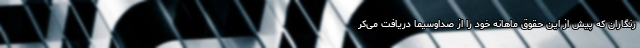
رنگاران که پیش از این حقوق ماهانه خود را از صداوسیما دریافت می‌کر